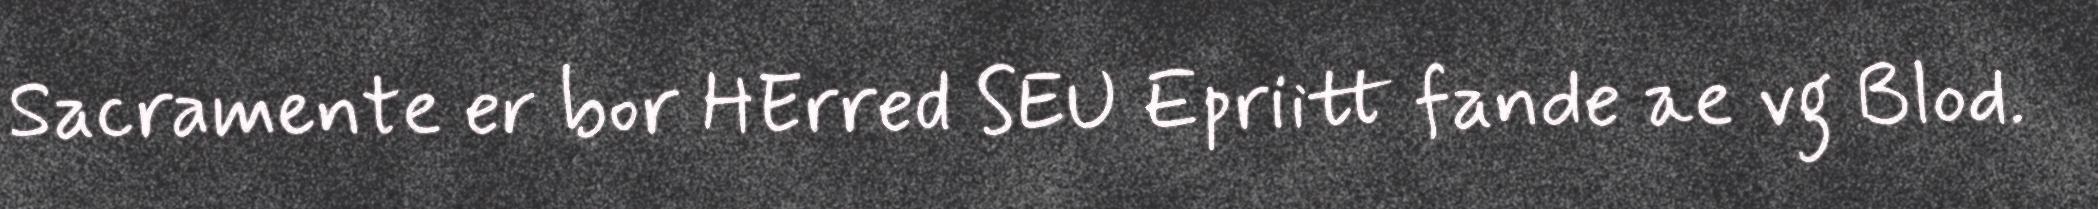
Sacramente er bor HErred SEU Epriitt fande ae vg Blod.